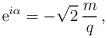
LaTeX: \begin{align*}{\rm e}^{i\alpha} = - \sqrt{2}\,\frac{m}{q} \,,\end{align*}